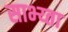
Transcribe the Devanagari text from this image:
साभ्य्ता